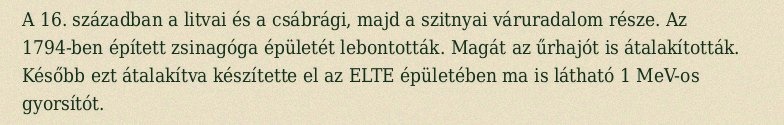
A 16. században a litvai és a csábrági, majd a szitnyai váruradalom része. Az 1794-ben épített zsinagóga épületét lebontották. Magát az űrhajót is átalakították. Később ezt átalakítva készítette el az ELTE épületében ma is látható 1 MeV-os gyorsítót.